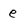
Character: e